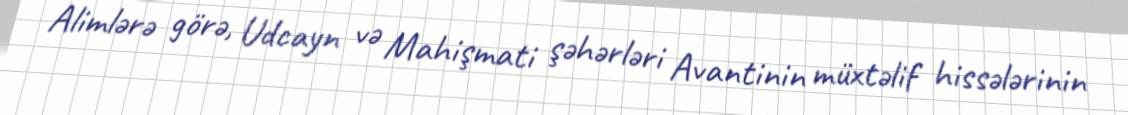
Alimlərə görə, Udcayn və Mahişmati şəhərləri Avantinin müxtəlif hissələrinin